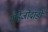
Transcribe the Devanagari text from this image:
मोहेंजोदाडो